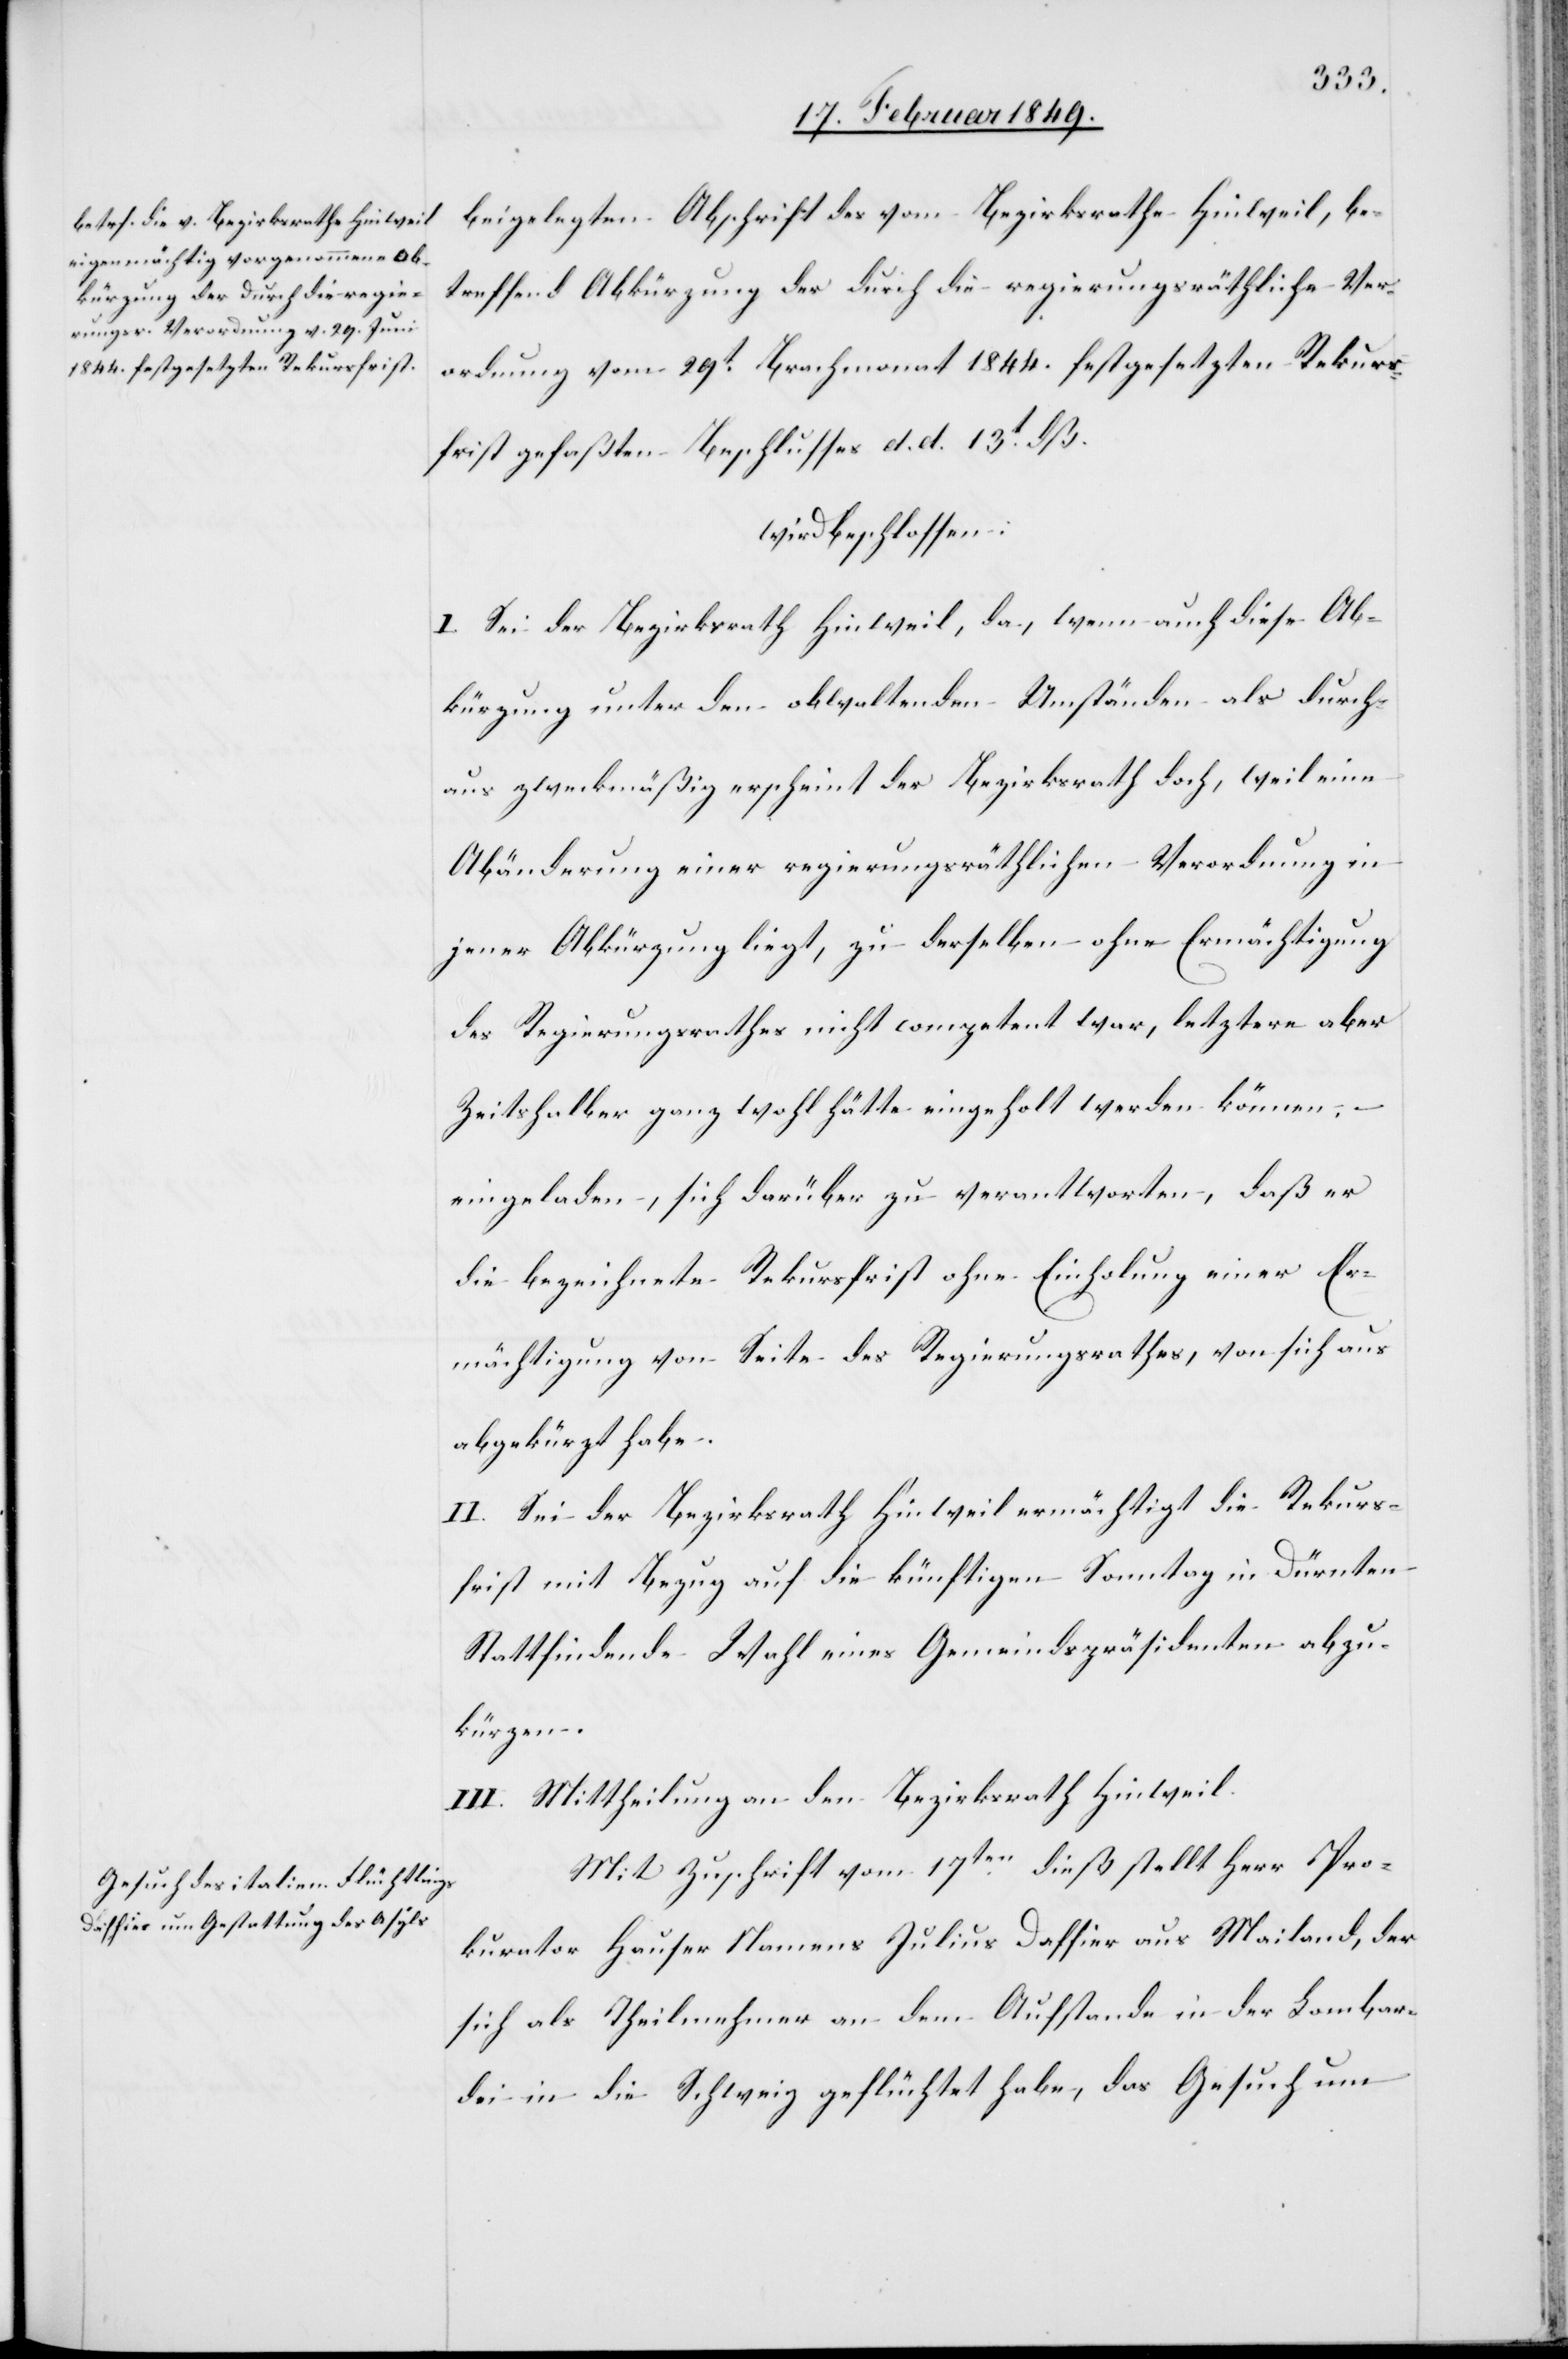
22. Februar 1849.]
beigelegten Abschrift des vom Bezirksrathe Hinweil, be¬
treffend Abkürzung der durch die regierungsräthliche Ver¬
ordnung vom 29t. Brachmonat 1844. festgesetzten Rekurs¬
frist gefaßten Beschlusses d. d. 13t. dß.
wird beschlossen:
I. Sei der Bezirksrath Hinweil, da, wenn auch diese Ab¬
kürzung unter den obwaltenden Umständen als durch¬
aus zweckmäßig erscheint der Bezirksrath doch, weil eine
Abänderung einer regierungsräthlichen Verordnung in
jener Abkürzung liegt, zu derselben ohne Ermächtigung
des Regierungsrathes nicht competent war, letztere aber
Zeitshalber ganz wohl hätte eingeholt werden können,
eingeladen, sich darüber zu verantworten, daß er
die bezeichnete Rekursfrist ohne Einholung einer Er¬
mächtigung von Seite des Regierungsrathes, von sich aus
abgekürzt habe.
II. Sei der Bezirksrath Hinweil ermächtigt die Rekurs¬
frist mit Bezug auf die künftigen Sonntag in Dürnten
Stattfindende Wahl eines Gemeindspräsidenten abzu¬
kürzen.
III. Mittheilung an den Bezirksrath Hinweil.
Mit Zuschrift vom 17ten. dieß stellt Herr Pro¬
kurator Hauser Namens Julius Daffier aus Mailand, der
sich als Theilnehmer an dem Aufstande in der Lombar¬
dei in die Schweiz geflüchtet habe, das Gesuch um